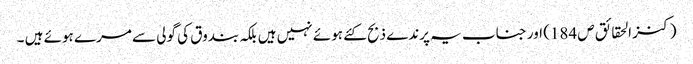
(کنز الحقائق ص 184) اور جناب یہ پرندے ذبح کئے ہوئے نہیں ہیں بلکہ بندوق کی گولی سے مرے ہوئے ہیں ۔